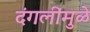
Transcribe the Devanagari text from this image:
दंगलींमुळे